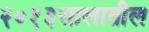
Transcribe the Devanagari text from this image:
२०१३सालातील